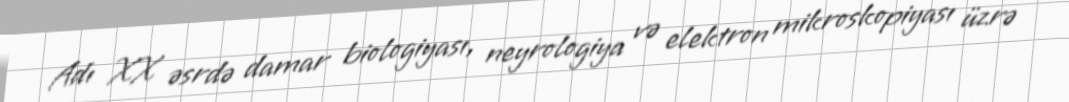
Adı XX əsrdə damar biologiyası, neyrologiya və elektron mikroskopiyası üzrə